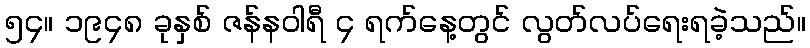
၅၄။ ၁၉၄၈ ခုနှစ် ဇန်နဝါရီ ၄ ရက်နေ့တွင် လွတ်လပ်ရေးရခဲ့သည်။